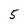
Character: 5